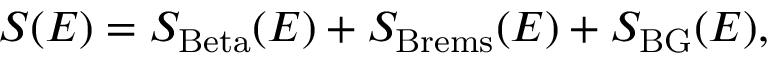
S ( E ) = S _ { \mathrm { B e t a } } ( E ) + S _ { \mathrm { B r e m s } } ( E ) + S _ { \mathrm { B G } } ( E ) ,